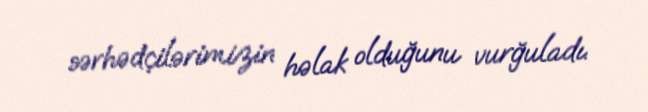
sərhədçilərimizin həlak olduğunu vurğuladı.